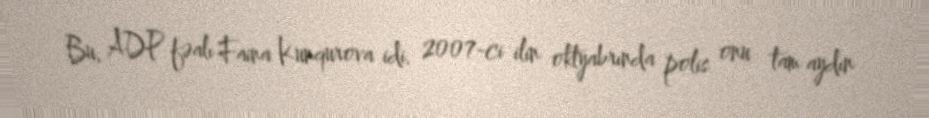
Bu, ADP fəalı Faina Kunqurova idi. 2007-ci ilin oktyabrında polis onu tam aydın